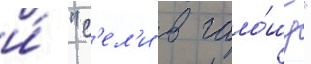
и́ "с'ел'и в гало́шу"